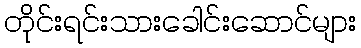
တိုင်းရင်းသားခေါင်းဆောင်များ